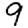
Digit: 9